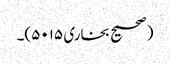
(صحیح بخاری ۵۰۱۵)۔